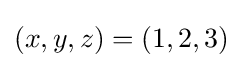
(x,y,z)=(1,2,3)